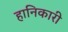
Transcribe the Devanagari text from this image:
हानिकारी